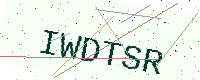
Text: IWDTSR